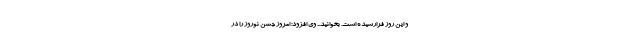
و این روز فرارسیده است. بخوانید... وی افزود: امروز جشن نوروز را در